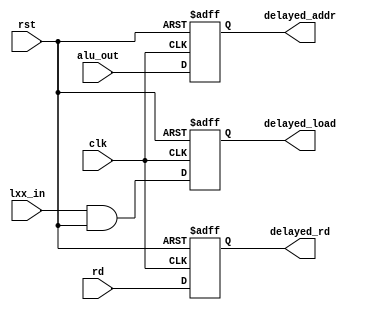
module load_stall(delayed_rd, delayed_addr, delayed_load, lxx_in, rd, alu_out, clk, rst);

	input lxx_in, clk, rst;
	input [4:0] rd;
	input [31:0] alu_out;

	output reg [4:0] delayed_rd;
	output reg [31:0] delayed_addr;
	output reg delayed_load;

	always @(posedge clk or negedge rst)
	if (!rst) begin
	  delayed_load = 1'b0;
	  delayed_addr = 31'd0;
	  delayed_rd = 5'd0;
	end
	else begin
		delayed_load <= lxx_in & rst;
		delayed_rd <= rd;
		delayed_addr <= alu_out;
	end

endmodule